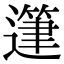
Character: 𨖷